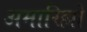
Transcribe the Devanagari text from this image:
अमारिल्लो